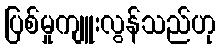
ပြစ်မှုကျူးလွန်သည်ဟု